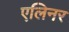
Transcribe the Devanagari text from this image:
एलिनर